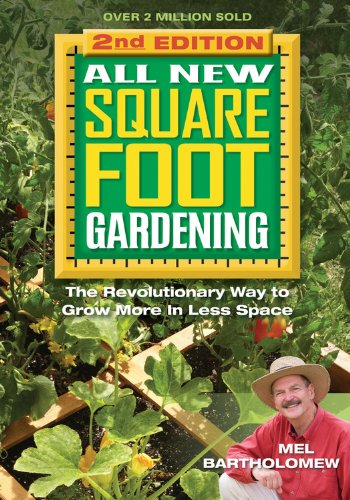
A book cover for All New Square Foot Gardening, Second Edition: The Revolutionary Way to Grow More In Less Space; Mel Bartholomew; Crafts, Hobbies & Home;